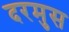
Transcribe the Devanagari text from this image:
दरमुस